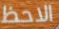
الاحظ